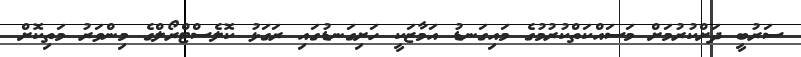
ސަރުބީ ދަށްކުރުމަށް މަސައްކަތްކުރުމުގެ މައިގަނޑު އަމާޒަކީ ހަށިގަނޑުގައި ރަގަޅު ކޮލެސްޓްރޯލްގެ މިންވަރު މަތިކޮށް